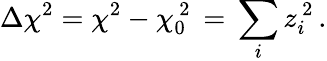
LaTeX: \Delta\chi^{2}=\chi^{2}-\chi_{0}^{\, 2}\, =\, \sum_{i}z_{i}^{\, 2}\, .